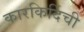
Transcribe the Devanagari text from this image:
कारकिर्दिची